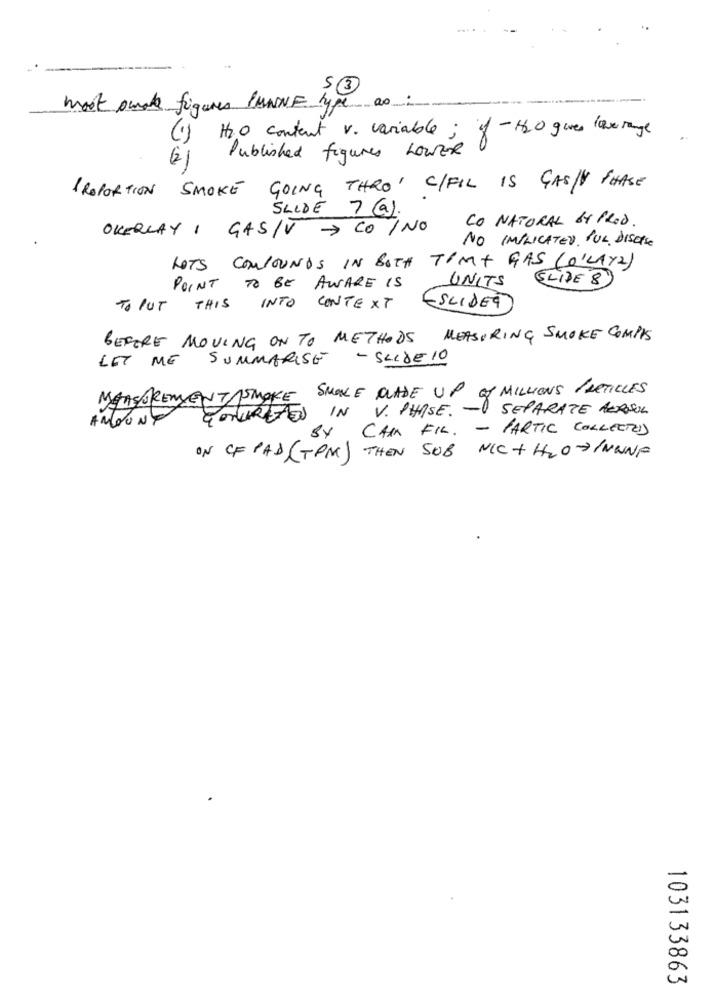
53
most omde figures PANNE type ao:
H2O contact v. variable; if -H2O gives love range
Published figures LOWER
PROPORTION SMOKE GOING THRO' C/FIL IS GASNY PHASE
SLIDE 7 G).
OVERLAY I GAS/V-> CONO CO NATURAL BY PROD.
NO IMPLICATED. PUL DISORse
LOTS COMPOUNDS IN BOTH TIME GAS (O'LAYZ)
UNITS
SLIDE 8
POINT TO BE AWARE IS
TO PUT THIS INTO CONTEXT
ESCIDET
BEFORE MOVING ON TO METHODS
MEASURING SMOKE COMPAS
LET ME
SUMMARISE - SLIDE 10
MEASUREMENT 1SMOKE SMOKE CLADE UP Of MILLIONS PARTICLES
IN V. THISE. - SEPARATE AEROSOL
BY CAR FIL. - PARTIC COLLECTED
ON CF PAD (TPM ) THEN SOB NIC+H2OSINWNF
103133863